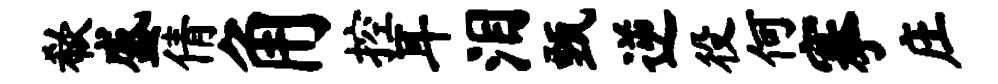
欷盛倩角控耳泪甄逆役何搴庄